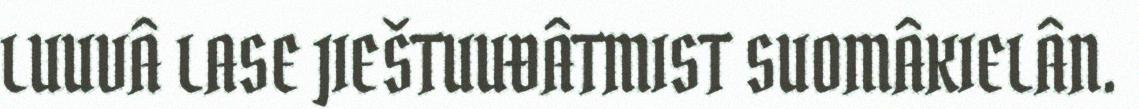
LUUVÂ LASE JIEŠTUUĐÂTMIST SUOMÂKIELÂN.